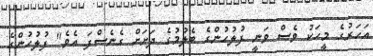
އަހަރުގެ މީހަކު ވެސް ވަނީ ފުލުހުންގެ ބެލުމުގެ ދަށަށް ގެނެސްފަ އެވެ" ފުލުހުންގެ